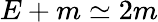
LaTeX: E+m\simeq 2m